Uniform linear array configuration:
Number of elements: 24
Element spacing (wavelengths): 1
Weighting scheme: exponential
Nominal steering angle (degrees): -30
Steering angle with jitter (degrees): -29.195
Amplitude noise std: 0.05
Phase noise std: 0.05

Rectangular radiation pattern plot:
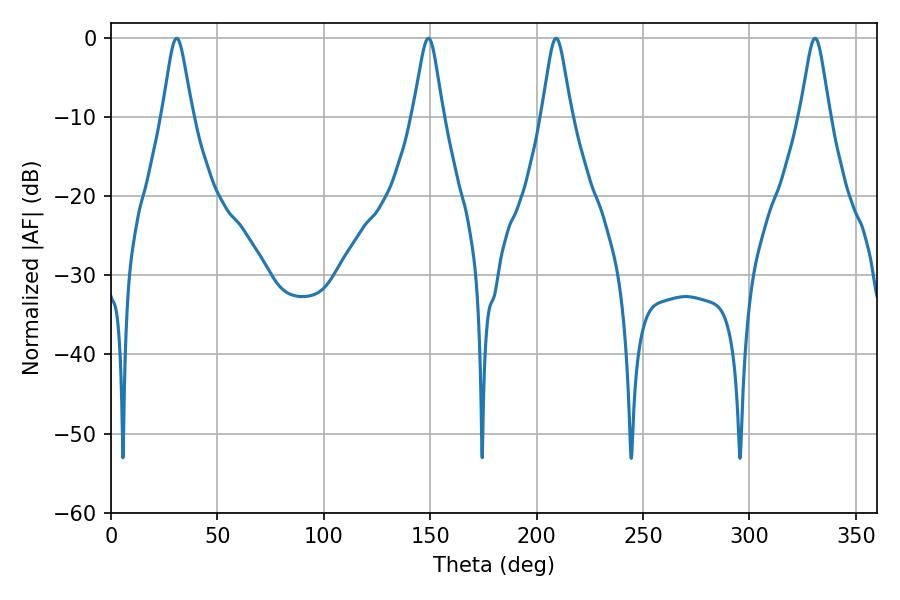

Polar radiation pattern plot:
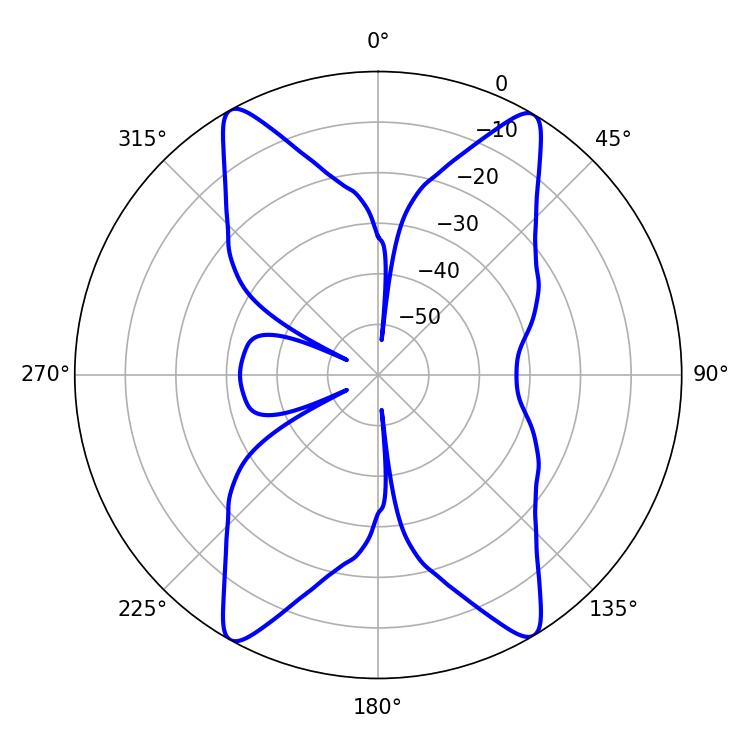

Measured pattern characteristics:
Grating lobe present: TRUE
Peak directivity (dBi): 22.139
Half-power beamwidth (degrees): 6.66
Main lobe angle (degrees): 209.16